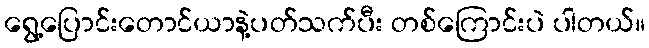
ရွေ့ပြောင်းတောင်ယာနဲ့ပတ်သက်ပီး တစ်ကြောင်းပဲ ပါတယ်။